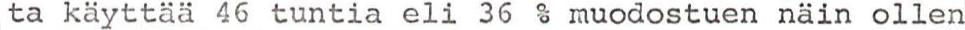
ta käyttää 46 tuntia eli 36 % muodostuen näin ollen